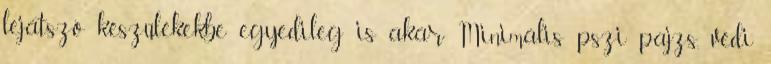
lejátszó készülékekbe egyedileg is akár Minimális pszi pajzs, védi